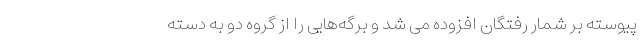
پیوسته بر شمار رفتگان افزوده می شد و برگه‌هایی را از گروه دو به دسته